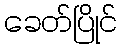
ခေတ်ပြိုင်